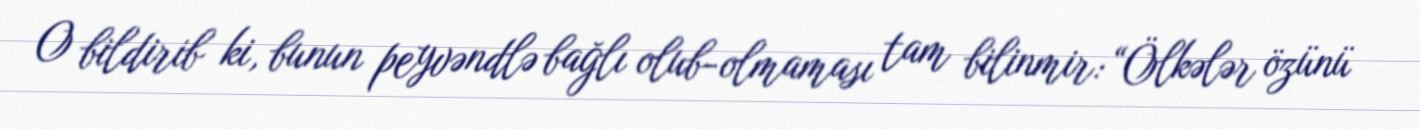
O bildirib ki, bunun peyvəndlə bağlı olub-olmaması tam bilinmir: “Ölkələr özünü